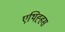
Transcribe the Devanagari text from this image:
एथिह्हस